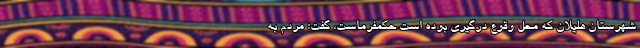
شهرستان هلیلان که محل وقوع درگیری بوده است حکمفرماست، گفت: مردم به